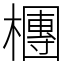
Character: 檲